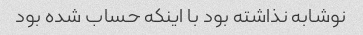
نوشابه نذاشته بود با اینکه حساب شده بود